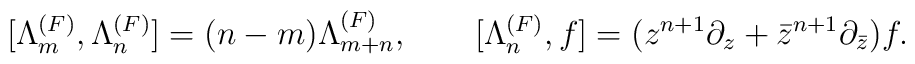
[\Lambda_m^{(F)},\Lambda_n^{(F)}]=(n-m)\Lambda_{m+n}^{(F)}, \qquad [\Lambda_n^{(F)},f]=(z^{n+1}\partial_z+{\bar z}^{n+1}\partial_{\bar z})f.